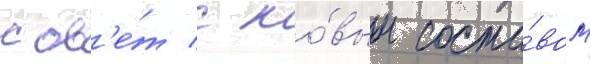
сов'е́т с но́вым соста́вом